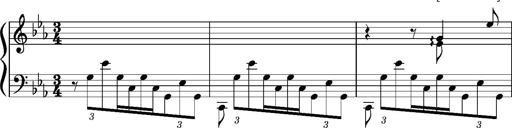
Title: PrÃ©ludes et Harmonies poÃ©tiques et religieuses
Composer: Franz Liszt